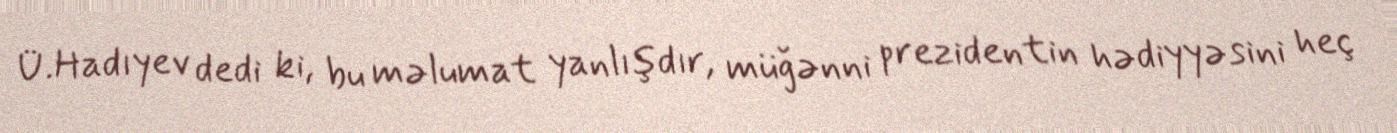
Ü.Hadıyev dedi ki, bu məlumat yanlışdır, müğənni prezidentin hədiyyəsini heç